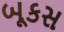
બૂકસ